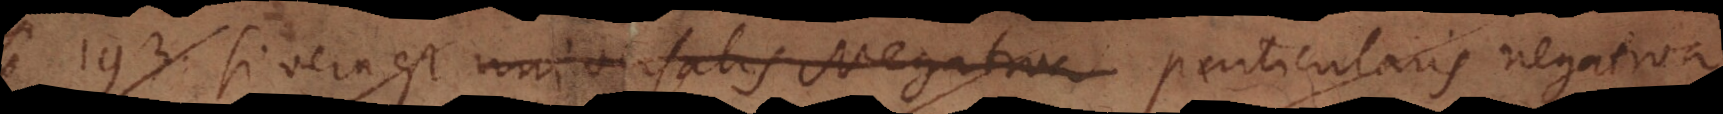
193) Si vera est universalis negativa particularis negativa